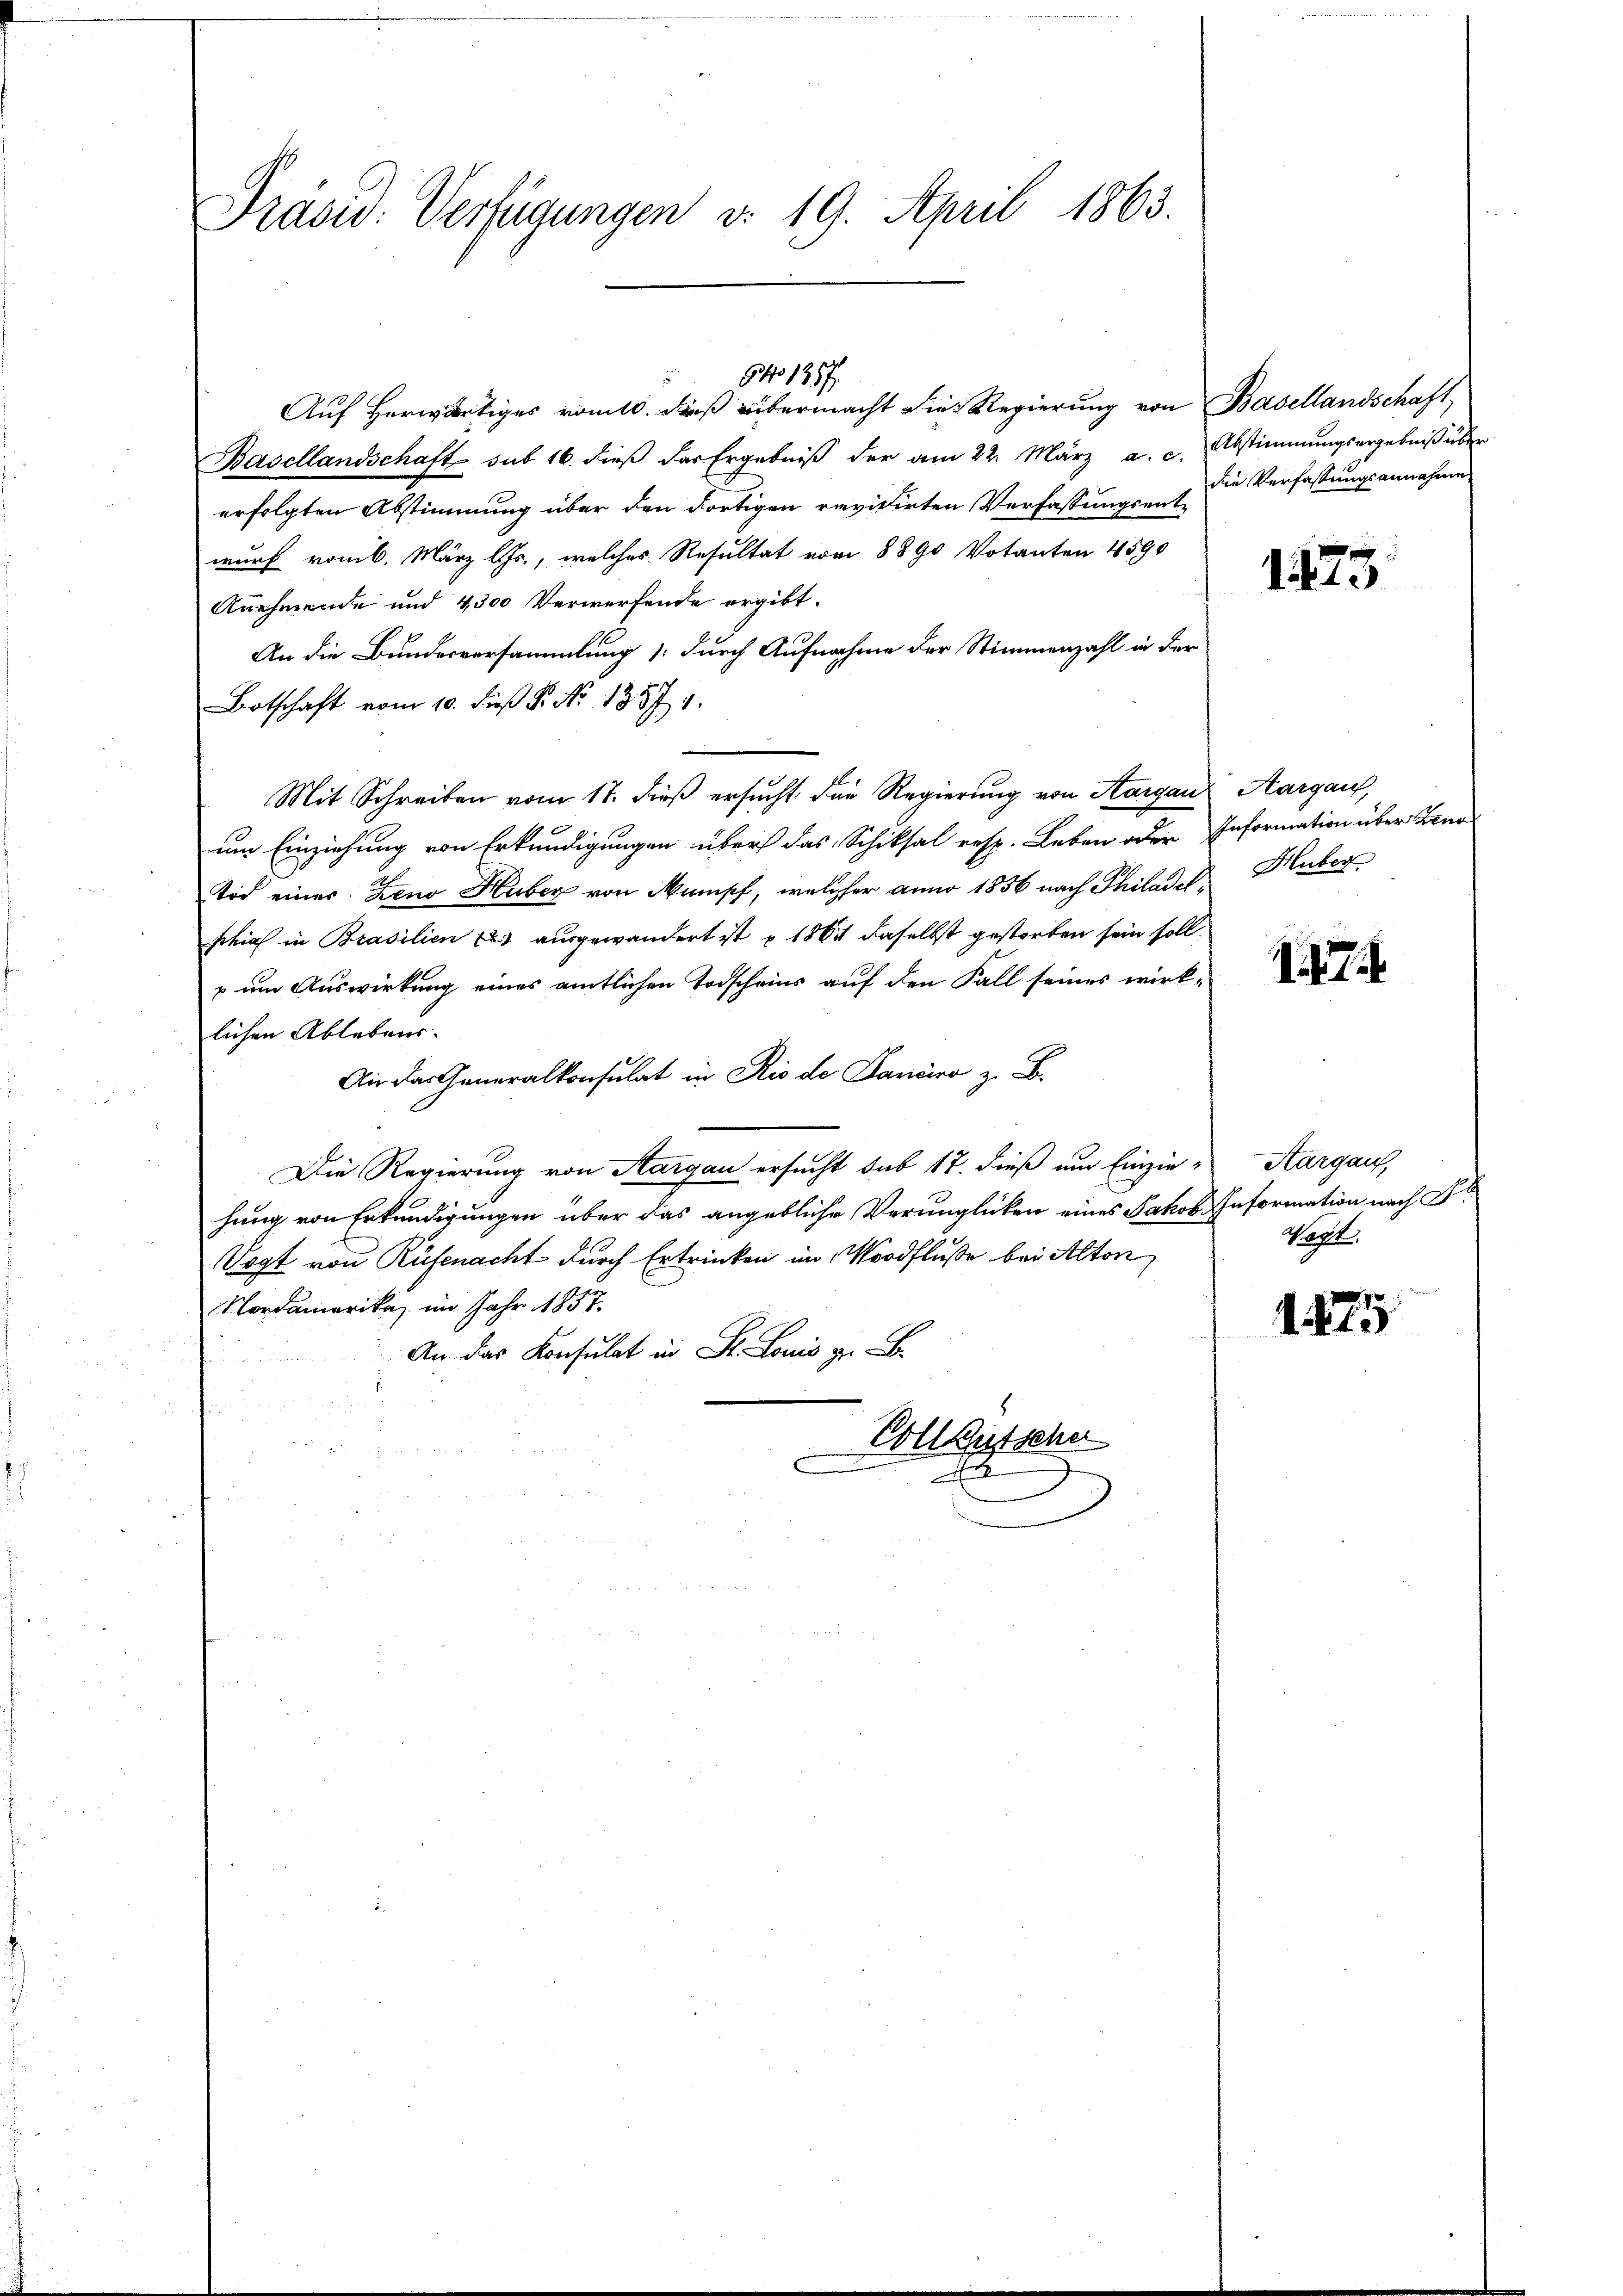
Präsid. Verfügungen v. 19. April 1863.

Auf herwärtiges romtl. dieß übermacht die Regierung von Basellandschaft
Basellandschaft sub 16. dieß das Ergebniß der am 22. März a. c. Abstimmungsergebniß über
erfolgten Abstimmung über den dortigen revidirten Verfassungsent-
wurf vom 6. März l. Js., welches Resultat vom 8890 Votanten 4590
Anehmende und 4300 Verwerfende ergibt.
An die Bundesversammlung durch Aufnahme der Stimmenzahl in der
Botschaft vom 10. dieß P. Nr. 1357. 1.
Mit Schreiben vom 17. dieß ersucht die Regierung von Aargau, Aargau,
um Einziehung von Erkundigungen über das Schiksal resp. Leben oder Information über Zeno
tod eines Zeno Huber von Mumpf, welcher anno 1856 nach Philadel Huber
schief in Brasilien (2.) ausgewandert ist u 1861 daselbst gestorben sein soll.
u um Auswirkung eines amtlichen Todscheins auf den Fall seines wirklichen Ablebens.
 das Generalkonsulat in Rio de an z. B.
Die Regierung von Aargau ersucht sub 17. dieß um Einzie-
hung von Erkundigungen über das angebliche Verunglücken eines Jakob Information nach Fr
Vogt von Rüfenacht durch Ertrinken im Nordfluße bei Alton
Nordamerika, im Jahr 1857.
An das Konsulat in St. Louis zu
Vollgutsche
x

GNo 1357.

die Verfassungsannahme

1473

7

Aargau,
Wacht.

1875